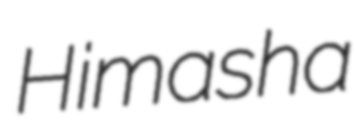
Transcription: Himasha